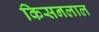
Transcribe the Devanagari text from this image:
किसनलाल